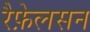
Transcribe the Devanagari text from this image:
रैफ़ेलसन